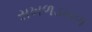
સખળડખળ